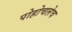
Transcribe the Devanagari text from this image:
पोहोचलेच